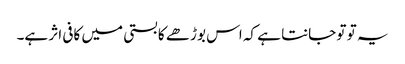
یہ تو تو جانتا ہے کہ اس بوڑھے کا بستی میں کافی اثر ہے۔